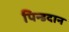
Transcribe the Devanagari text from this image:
पिन्डदान